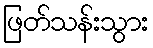
ဖြတ်သန်းသွား